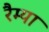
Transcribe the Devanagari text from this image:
रैम्या